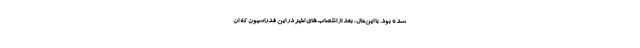
شده بود. با این‌حال، بعد از انتصاب‌های اخیر در این فدراسیون که ان